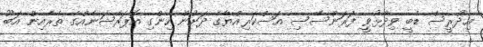
އިދުރީސް ޑެބީ ވިދާޅުވީ ފަރަންސޭސި އަސްކަރިއްޔާގެ ދަށުން ހިންގި އޮޕަރޭޝަނެއްގެ ތެރެއިން އަބޫ